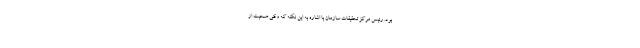
بود. رئیس مرکز تحقیقات سازمان با اشاره به این نکته که وقتی صحبت از